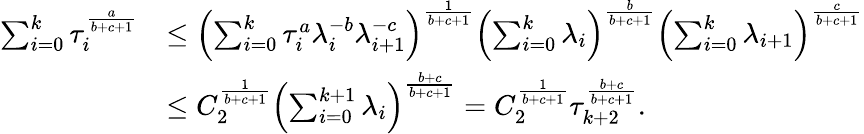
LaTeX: \begin{array}{rl}{\sum_{i=0}^{k}\tau_{i}^{\frac{a}{b+c+1}}}&{\leq\left(\sum_{i=0}^{k}\tau_{i}^{a}\lambda_{i}^{-b}\lambda_{i+1}^{-c}\right)^{\frac{1}{b+c+1}}\left(\sum_{i=0}^{k}\lambda_{i}\right)^{\frac{b}{b+c+1}}\left(\sum_{i=0}^{k}\lambda_{i+1}\right)^{\frac{c}{b+c+1}}}\\ &{\leq C_{2}^{\frac{1}{b+c+1}}\left(\sum_{i=0}^{k+1}\lambda_{i}\right)^{\frac{b+c}{b+c+1}}=C_{2}^{\frac{1}{b+c+1}}\tau_{k+2}^{\frac{b+c}{b+c+1}}.}\end{array}